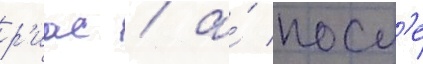
р'иас / а́ посл'е